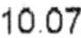
10.07